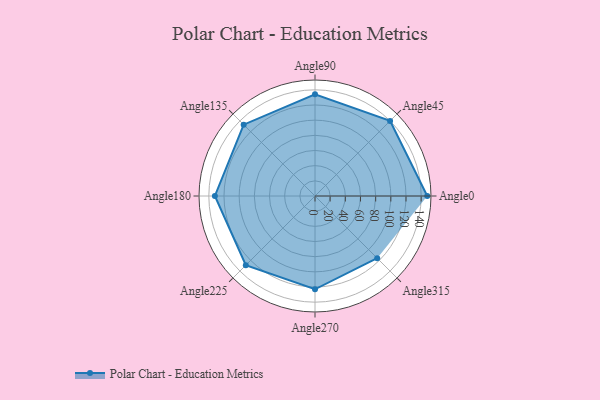
{"axis": {"x": "Angle", "y": "Radius"}, "legend": [""], "data": [{"x": "Angle0", "y": 148.0, "type": ""}, {"x": "Angle45", "y": 140.0, "type": ""}, {"x": "Angle90", "y": 134.0, "type": ""}, {"x": "Angle135", "y": 133.0, "type": ""}, {"x": "Angle180", "y": 132.0, "type": ""}, {"x": "Angle225", "y": 129.0, "type": ""}, {"x": "Angle270", "y": 123.0, "type": ""}, {"x": "Angle315", "y": 116.0, "type": ""}]}